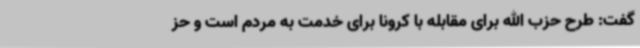
گفت: طرح حزب الله برای مقابله با کرونا برای خدمت به مردم است و حز